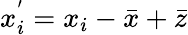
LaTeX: x_{i}^{'}=x_{i}-{\bar{x}}+{\bar{z}}